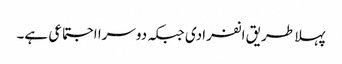
پہلا طریق انفرادی جبکہ دوسرا اجتماعی ہے۔